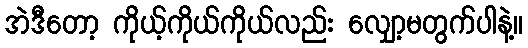
အဲဒီတော့ ကိုယ့်ကိုယ်ကိုယ်လည်း လျှော့မတွက်ပါနဲ့။